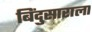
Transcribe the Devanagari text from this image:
बिंदुसाराला